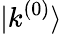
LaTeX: |k^{(0)}\rangle